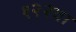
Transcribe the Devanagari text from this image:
१२२वा